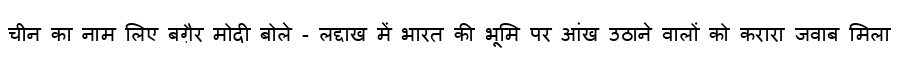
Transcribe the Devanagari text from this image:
चीन का नाम लिए बग़ैर मोदी बोले - लद्दाख में भारत की भूमि पर आंख उठाने वालों को करारा जवाब मिला